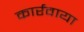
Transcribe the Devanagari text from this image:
कार्रवाया